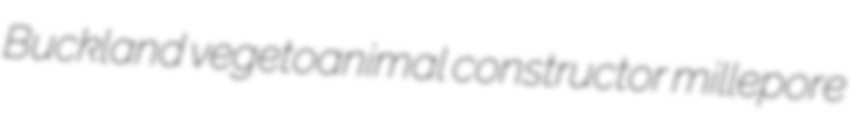
Buckland vegetoanimal constructor millepore